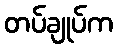
တပ်ချုပ်က